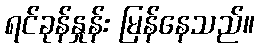
ရင်ခုန်နှုန်း မြန်နေသည်။